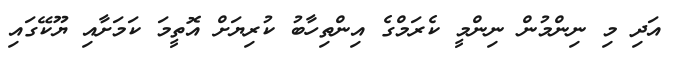
އަދި މި ނިންމުން ނިންމީ ކެރަމްގެ އިންތިހާބު ކުރިޔަށް އޮތީމަ ކަމަށާއި ޔޫކޭގައި